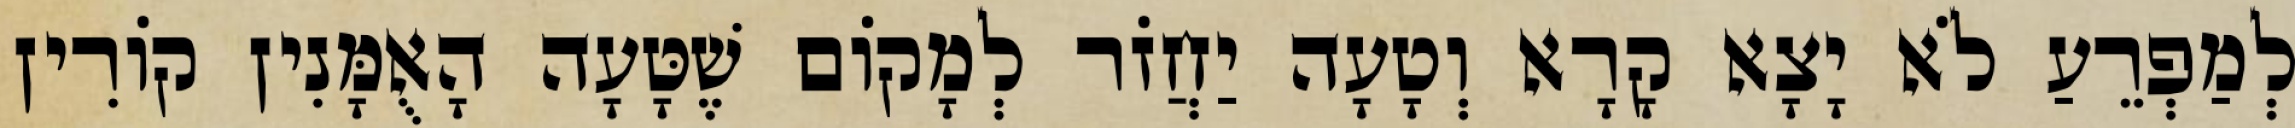
לְמַפְרֵעַ לֹא יָצָא קָרָא וְטָעָה יַחֲזֹר לְמָקוֹם שֶׁטָּעָה הָאֻמָּנִין קוֹרִין